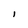
Character: l